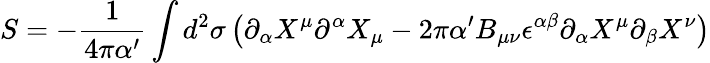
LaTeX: S=-\frac{1}{4\pi\alpha^{\prime}}\int d^{2}{\sigma}\left(\partial_{\alpha}X^{\mu}\partial^{\alpha}X_{\mu}-2\pi\alpha^{\prime}B_{\mu\nu}\epsilon^{\alpha\beta}\partial_{\alpha}X^{\mu}\partial_{\beta}X^{\nu}\right)